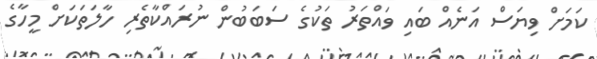
ކަމަށް ވިޔަސް އަނެއް ބައި ވައްތަރު ތަކުގެ ސަބަބުން ނުރައްކާތެރި ހާލަތަކަށް މީހާގެ